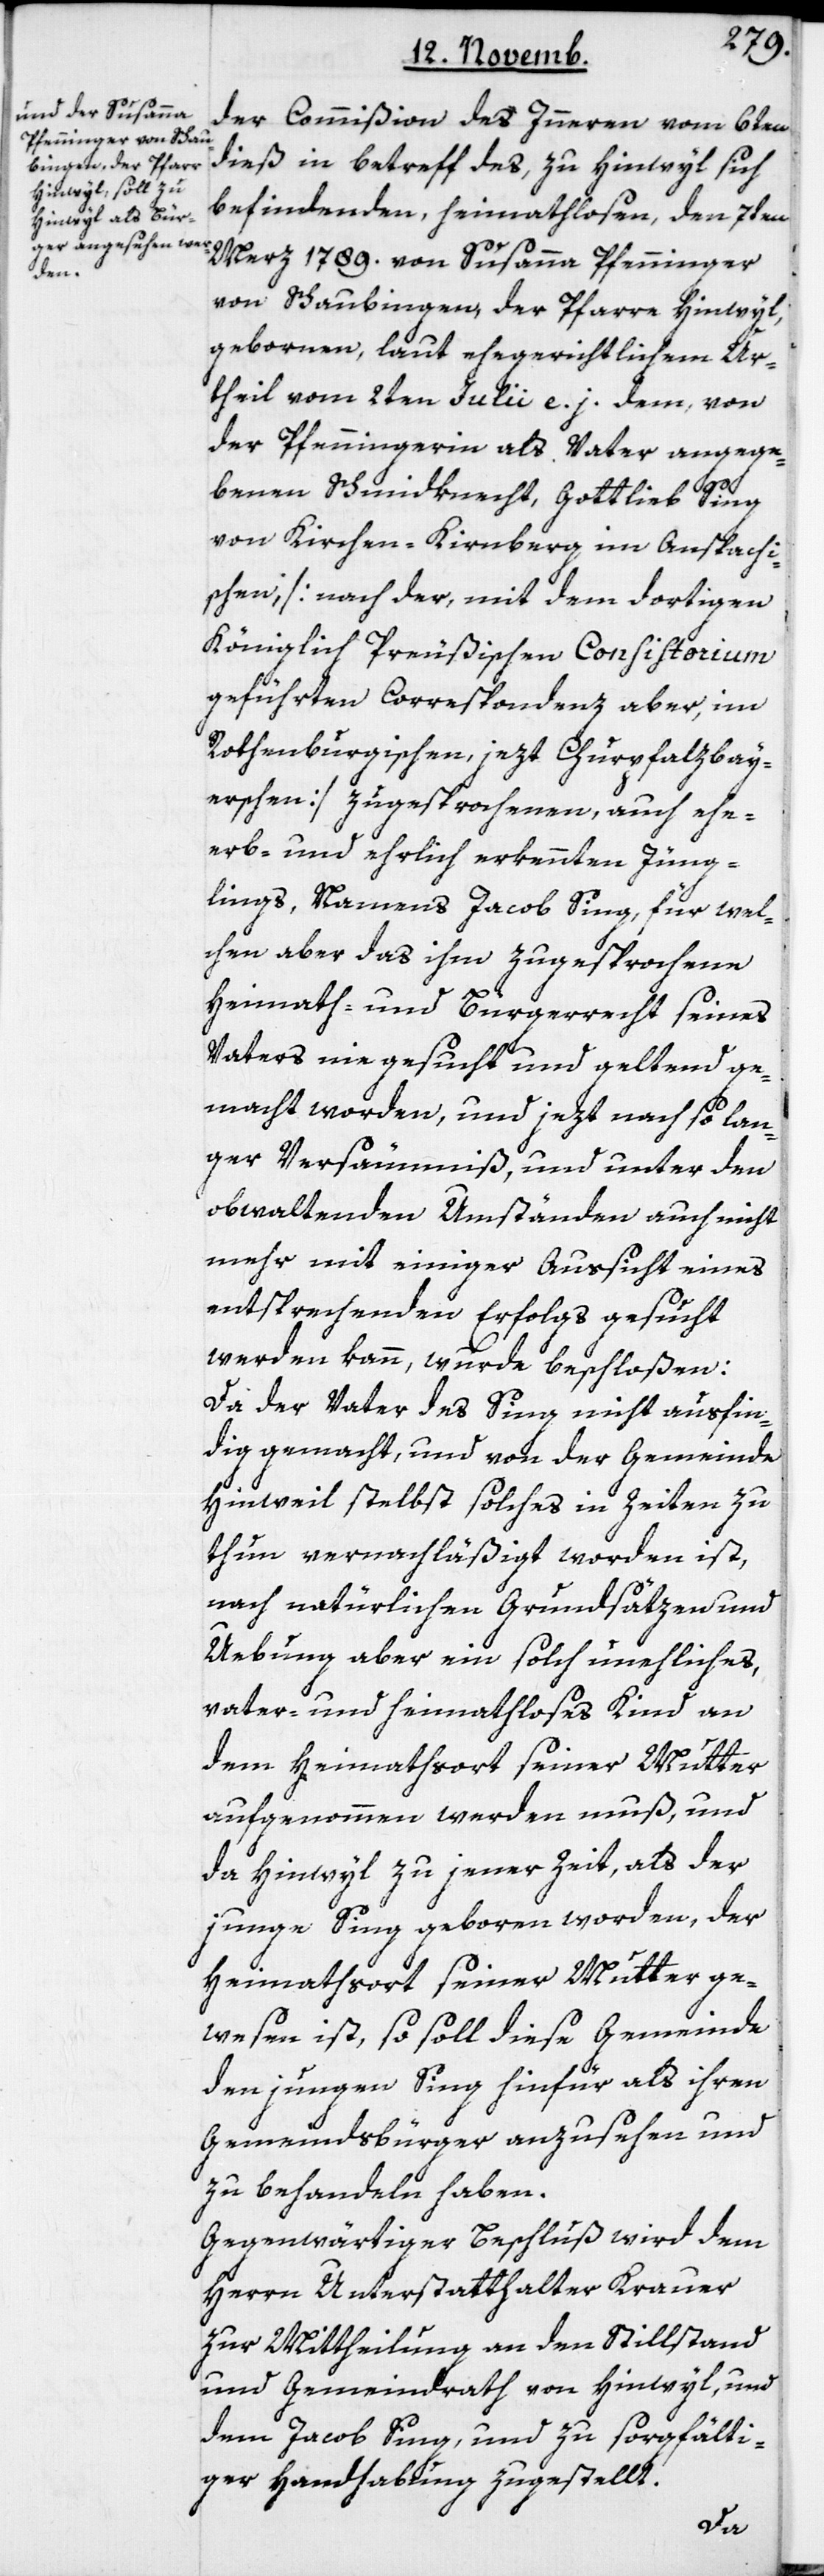
der Commißion des Innern vom 6ten
dieß in Betreff des, zu Hinwyl sich
befindenden heimathlosen, den 7ten
März 1789. von Susanna Pfenninger
von Schaubingen, der Pfarre Hinwyl,
gebornen, laut ehegerichtlichem Ur¬
theil vom 2ten Julii e. j. dem, von
der Pfenningerin als Vater angege¬
benen Schmidknecht, Gottlieb Sing
von Kirchen-Kirnberg im Anspachi¬
schen, [nach der, mit dem dortigen
Königlich Preußischen Consistorium
geführten Correspondenz aber, im
Rothenburgischen, jezt Churpfalzbay¬
erschen] zugesprochenen, auch ehe-
erb- und ehrlich erkennten Jüng¬
lings, Namens Jacob Sing, für wel¬
chen aber das ihm zugesprochene
Heimtath- und Bürgerrecht seines
Vaters nie gesucht und geltend ge¬
macht worden, und jezt nach so lan¬
ger Versäumniß, und unter den
obwaltenden Umständen auch nicht
mehr mit einiger Aussicht eines
entsprechenden Erfolgs gesucht
werden kann, wurde beschloßen:
Da der Vater des Sing nicht ausfin¬
dig gemacht, und von der Gemeinde
Hinweil selbst solches in Zeiten zu
thun vernachläßigt worden ist,
nach natürlichen Grundsätzen und
Uebung aber ein solch unehliches,
vater- und heimathloses Kind an
dem Heimathsort seiner Mutter
aufgenommen werden muß, und
da Hinwyl zu jener Zeit, als der
junge Sing geboren worden, der
Heimathsort seiner Mutter ge¬
wesen ist, so soll diese Gemeinde
den jungen Sing hinfür als ihren
Gemeindsbürger anzusehen und
zu behandeln haben.
Gegenwärtiger Beschluß wird dem
Herrn Unterstatthalter Krauer
zur Mittheilung an den Stillstand
und Gemeindrath von Hinwyl, und
dem Jacob Sing, und zu sorgfälti¬
ger Handhabung zugestellt.